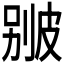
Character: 𤿱